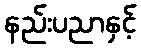
နည်းပညာနှင့်